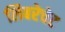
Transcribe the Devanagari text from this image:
लिबरेचेट